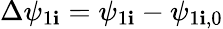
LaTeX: \Delta\psi_{1\mathbf{i}}=\psi_{1\mathbf{i}}-\psi_{1\mathbf{i},0}